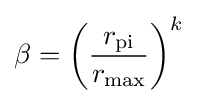
\beta =\left({\frac {r_{\text{pi}}}{r_{\text{max}}}}\right)^{k}